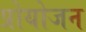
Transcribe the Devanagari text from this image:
प्रोयोजन